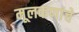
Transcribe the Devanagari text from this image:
मूलकणांचे